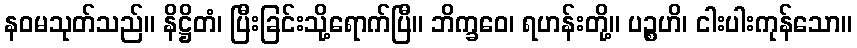
နဝမသုတ်သည်။ နိဋ္ဌိတံ၊ ပြီးခြင်းသို့ရောက်ပြီ။ ဘိက္ခဝေ၊ ရဟန်းတို့။ ပဉ္စဟိ၊ ငါးပါးကုန်သော။